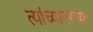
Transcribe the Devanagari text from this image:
त्यांच्यावरच्या